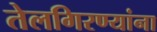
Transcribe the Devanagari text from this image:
तेलगिरण्यांना